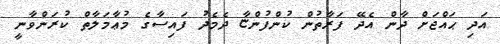
އަދި ޙައްޖަށް ދާން އެދޭ ފަރާތުން ކުންފުންޏާ ދެމެދު ފައިސާގެ މުޢާމަލާތް ކުރަންވާނީ